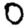
Digit: 0